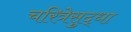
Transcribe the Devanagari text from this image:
चरित्रेसुद्धा